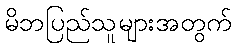
မိဘပြည်သူများအတွက်